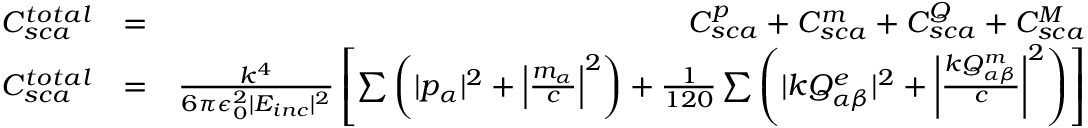
\begin{array} { r l r } { C _ { s c a } ^ { t o t a l } } & { = } & { C _ { s c a } ^ { p } + C _ { s c a } ^ { m } + C _ { s c a } ^ { Q } + C _ { s c a } ^ { M } } \\ { C _ { s c a } ^ { t o t a l } } & { = } & { \frac { k ^ { 4 } } { 6 \pi \epsilon _ { 0 } ^ { 2 } | E _ { i n c } | ^ { 2 } } \left[ \sum \left( | p _ { \alpha } | ^ { 2 } + \left| \frac { m _ { \alpha } } { c } \right| ^ { 2 } \right) + \frac { 1 } { 1 2 0 } \sum \left( | k Q _ { \alpha \beta } ^ { e } | ^ { 2 } + \left| \frac { k Q _ { \alpha \beta } ^ { m } } { c } \right| ^ { 2 } \right) \right] } \end{array}